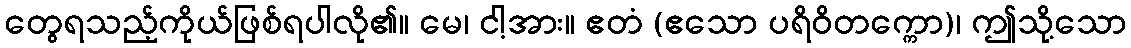
တွေရသည့်ကိုယ်ဖြစ်ရပါလို၏။ မေ၊ ငါ့အား။ ဧတံ (ဧသော ပရိဝိတက္ကော)၊ ဤသို့သော